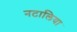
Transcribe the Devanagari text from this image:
नटालिया